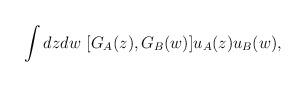
LaTeX: \begin{align*}\int dz dw\ [G_A(z),G_B(w)] u_A(z) u_B (w),\end{align*}